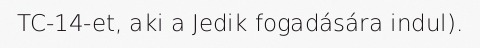
TC-14-et, aki a Jedik fogadására indul).